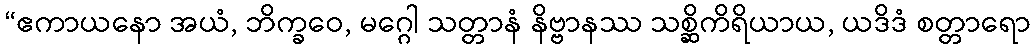
“ဧကာယနော အယံ, ဘိက္ခဝေ, မဂ္ဂေါ သတ္တာနံ နိဗ္ဗာနဿ သစ္ဆိကိရိယာယ, ယဒိဒံ စတ္တာရော